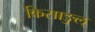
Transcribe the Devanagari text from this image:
किसाङुल्